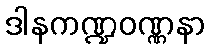
ဒါနကဏ္ဍဝဏ္ဏနာ